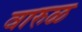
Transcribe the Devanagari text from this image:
वारुळ